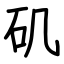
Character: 矶